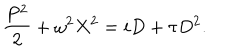
\frac { P ^ { 2 } } { 2 } + \omega ^ { 2 } X ^ { 2 } = i D + \tau D ^ { 2 } .